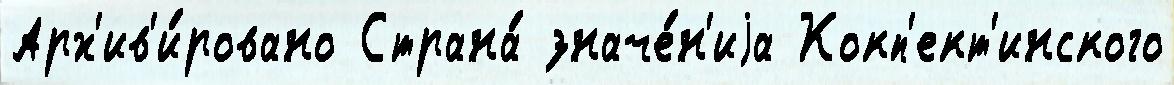
Арх'ив'и́ровано Страна́ значе́н'иjа Кокп'ект'инского